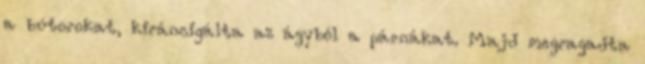
a bútorokat, kiráncigálta az ágyból a párnákat. Majd megragadta